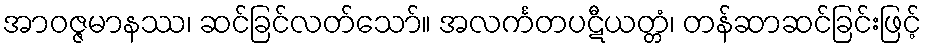
အာဝဇ္ဇမာနဿ၊ ဆင်ခြင်လတ်သော်။ အလင်္ကတပဋီယတ္တံ၊ တန်ဆာဆင်ခြင်းဖြင့်